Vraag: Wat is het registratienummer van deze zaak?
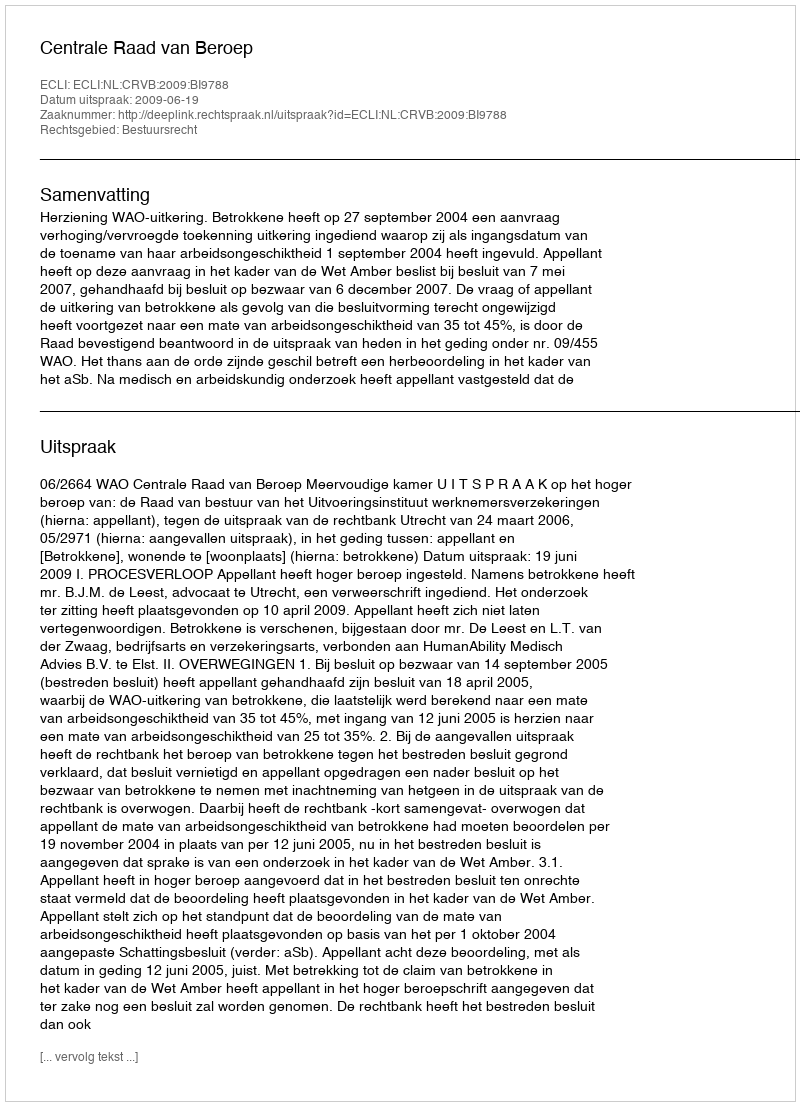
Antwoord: http://deeplink.rechtspraak.nl/uitspraak?id=ECLI:NL:CRVB:2009:BI9788